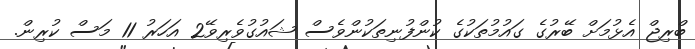
ބްރިޖް އެޅުމަށް ބޭރުގެ ގައުމުތަކުގެ ކުންފުނިތަކުންވެސް ޝައުގުވެރިވޭ2 އަހަރު 11 މަސް ކުރިން.